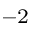
^ { - 2 }